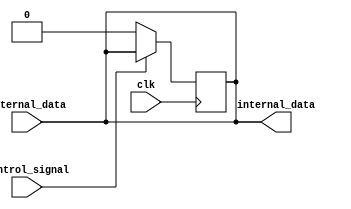
module IO_Block (
    input wire external_data, // Input from external source
    output reg internal_data, // Output to internal system
    input wire control_signal, // Control signal for data flow direction
    input wire clk // Clock signal
);

reg output_enable;

// Input buffer
assign internal_data = external_data;

// Output buffer
always @ (posedge clk) begin
    if (control_signal)
        internal_data <= external_data;
    else
        internal_data <= 1'b0;
end

// Control logic
always @ (posedge clk) begin
    if (control_signal)
        output_enable <= 1'b1;
    else
        output_enable <= 1'b0;
end

endmodule